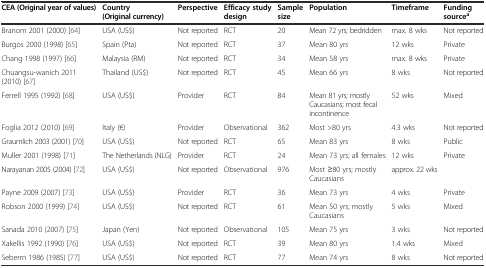
<table><thead><tr><td><b>CEA (Original year of values)</b></td><td><b>Country (Original currency)</b></td><td><b>Perspective</b></td><td><b>Efficacy study design</b></td><td><b>Sample size</b></td><td><b>Population</b></td><td><b>Timeframe</b></td><td><b>Funding source<sup>a</sup></b></td></tr></thead><tbody><tr><td>Branom 2001 (2000) [64]</td><td>USA (US$)</td><td>Not reported</td><td>RCT</td><td>20</td><td>Mean 72 yrs; bedridden</td><td>max. 8 wks</td><td>Not reported</td></tr><tr><td>Burgos 2000 (1998) [65]</td><td>Spain (Pta)</td><td>Not reported</td><td>RCT</td><td>37</td><td>Mean 80 yrs</td><td>12 wks</td><td>Private</td></tr><tr><td>Chang 1998 (1997) [66]</td><td>Malaysia (RM)</td><td>Not reported</td><td>RCT</td><td>34</td><td>Mean 58 yrs</td><td>max. 8 wks</td><td>Private</td></tr><tr><td>Chuangsu-wanich 2011 (2010) [67]</td><td>Thailand (US$)</td><td>Not reported</td><td>RCT</td><td>45</td><td>Mean 66 yrs</td><td>8 wks</td><td>Not reported</td></tr><tr><td>Ferrell 1995 (1992) [68]</td><td>USA (US$)</td><td>Provider</td><td>RCT</td><td>84</td><td>Mean 81 yrs; mostly Caucasians; most fecal incontinence</td><td>52 wks</td><td>Mixed</td></tr><tr><td>Foglia 2012 (2010) [69]</td><td>Italy (€)</td><td>Provider</td><td>Observational</td><td>362</td><td>Most &gt;80 yrs</td><td>4.3 wks</td><td>Not reported</td></tr><tr><td>Graumlich 2003 (2001) [70]</td><td>USA (US$)</td><td>Not reported</td><td>RCT</td><td>65</td><td>Mean 83 yrs</td><td>8 wks</td><td>Public</td></tr><tr><td>Muller 2001 (1998) [71]</td><td>The Netherlands (NLG)</td><td>Provider</td><td>RCT</td><td>24</td><td>Mean 73 yrs; all females</td><td>12 wks</td><td>Private</td></tr><tr><td>Narayanan 2005 (2004) [72]</td><td>USA (US$)</td><td>Not reported</td><td>Observational</td><td>976</td><td>Most ≥80 yrs; mostly Caucasians</td><td>approx. 22 wks</td><td></td></tr><tr><td>Payne 2009 (2007) [73]</td><td>USA (US$)</td><td>Provider</td><td>RCT</td><td>36</td><td>Mean 73 yrs</td><td>4 wks</td><td>Private</td></tr><tr><td>Robson 2000 (1999) [74]</td><td>USA (US$)</td><td>Not reported</td><td>RCT</td><td>61</td><td>Mean 50 yrs; mostly Caucasians</td><td>5 wks</td><td>Mixed</td></tr><tr><td>Sanada 2010 (2007) [75]</td><td>Japan (Yen)</td><td>Not reported</td><td>Observational</td><td>105</td><td>Mean 75 yrs</td><td>3 wks</td><td>Not reported</td></tr><tr><td>Xakellis 1992 (1990) [76]</td><td>USA (US$)</td><td>Not reported</td><td>RCT</td><td>39</td><td>Mean 80 yrs</td><td>1.4 wks</td><td>Mixed</td></tr><tr><td>Seberrn 1986 (1985) [77]</td><td>USA (US$)</td><td>Not reported</td><td>RCT</td><td>77</td><td>Mean 74 yrs</td><td>8 wks</td><td>Not reported</td></tr></tbody></table>